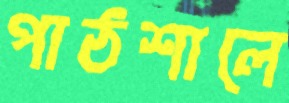
পাঠশালে